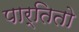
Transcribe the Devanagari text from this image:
पार्तितो